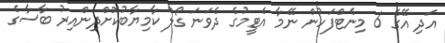
އަދި އޭގެ 6 މިނެޓްފަހުން ނޭމާ އެޓީމުގެ ދެވަނަ ގޯލް ކާމިޔާބުކޮށްދިންއިރު ބާސާގެ